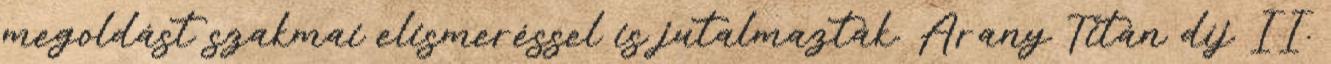
megoldást szakmai elismeréssel is jutalmazták. Arany Titán díj II.